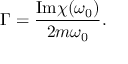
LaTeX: \Gamma = \frac { \mathrm { I m } \chi ( \omega _ { 0 } ) } { 2 m \omega _ { 0 } } .